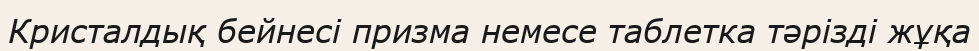
Кристалдық бейнесі призма немесе таблетка тәрізді жұқа